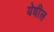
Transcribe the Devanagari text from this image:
येधील